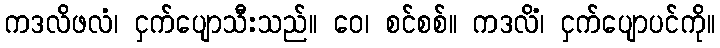
ကဒလိဖလံ၊ ငှက်ပျောသီးသည်။ ဝေ၊ စင်စစ်။ ကဒလိံ၊ ငှက်ပျောပင်ကို။